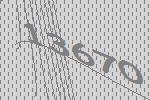
13670